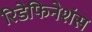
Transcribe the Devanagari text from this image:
रिडेफिनेशंस